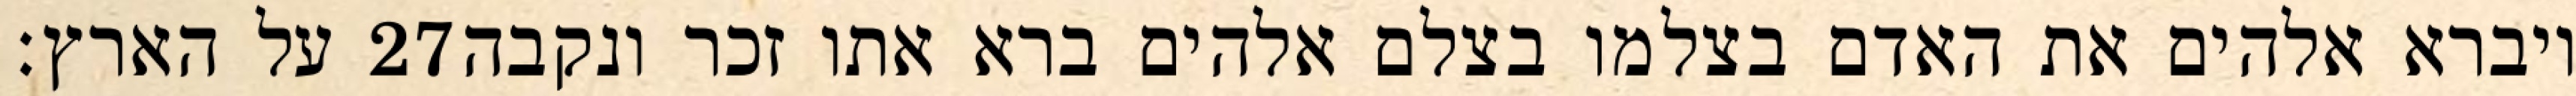
על הארץ׃ ‎27‏ ויברא אלהים את האדם בצלמו בצלם אלהים ברא אתו זכר ונקבה